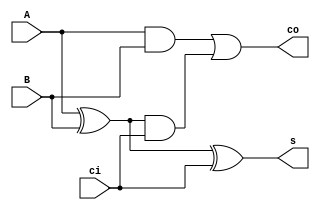
//-----------------------------------------------------------------------------
//
// Title       : FA
// Design      : lab2
// Company     : catholic university
//
//-----------------------------------------------------------------------------
//
// Generated   : Mon Jun  6 14:07:30 2022
// From        : interface description file
// By          : Itf2Vhdl ver. 1.22
//
//-----------------------------------------------------------------------------
//
// Description : 
//
//-----------------------------------------------------------------------------
`timescale 1 ns / 1 ps

//{{ Section below this comment is automatically maintained
//   and may be overwritten
//{module {FA}}
module FA2 ( A ,B ,ci ,co ,s );

input A ;
wire A ;
input B ;
wire B ;
input ci ;
wire ci ;
output co ;
wire co ;
output s ;
wire s ;

//}} End of automatically maintained section
assign co = ((A & B) | ((A ^ B) & ci));
assign s = ((A ^ B) ^ ci);

// -- Enter your statements here -- //

endmodule